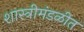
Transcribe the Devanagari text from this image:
शास्त्रीमंडळीत